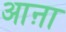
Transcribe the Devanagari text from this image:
आऩा